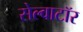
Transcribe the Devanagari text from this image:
सेल्वाटॉर